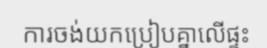
ការចង់យកប្រៀបគ្នាលើផ្ទះ